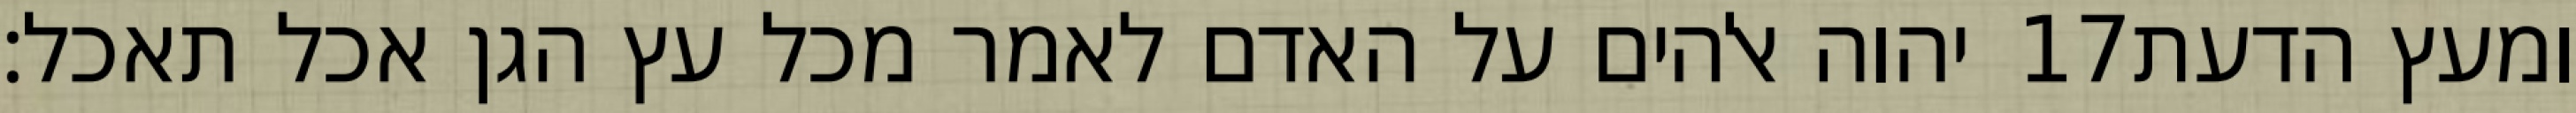
יהוה אלהים על האדם לאמר מכל עץ הגן אכל תאכל׃ ‎17‏ ומעץ הדעת